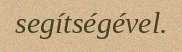
segítségével.